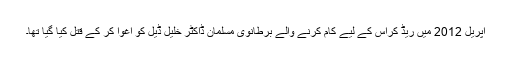
اپریل 2012 میں ریڈ کراس کے لیے کام کرنے والے برطانوی مسلمان ڈاکٹر خلیل ڈیل کو اغوا کر کے قتل کیا گیا تھا۔